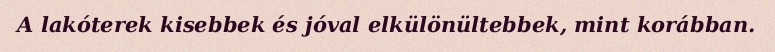
A lakóterek kisebbek és jóval elkülönültebbek, mint korábban.